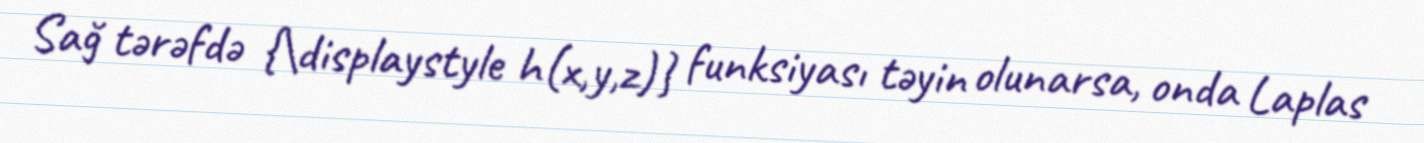
Sağ tərəfdə {\displaystyle h(x,y,z)} funksiyası təyin olunarsa, onda Laplas